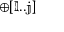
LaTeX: \mathbb { \oplus [ l . . j ] }